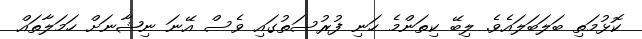
ކޮޅުމަތި ބަލަބަލައެވެ. ލިބޭ ކިތަންމެ ހަނި ފުރުސަތުގައި ވެސް އޭނަ ނިޝާނަށް ހަމަލާތައް